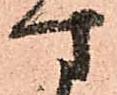
す